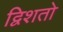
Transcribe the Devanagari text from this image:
द्विशतो